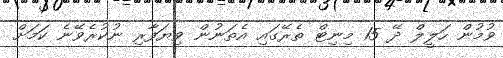
ވުމުން ހަލީލް ދޭ 15 މިނިޓް ތެރޭގައި އެތަނުން ވިޔަފާރި ނުކުރެވޭނެ ކަމަށް